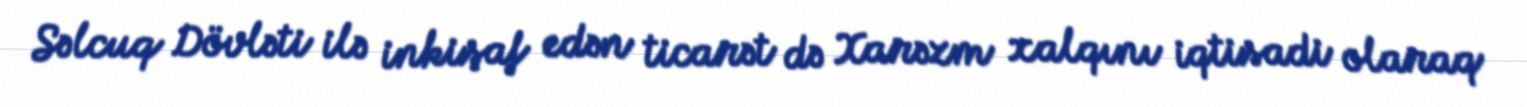
Səlcuq Dövləti ilə inkişaf edən ticarət də Xarəzm xalqını iqtisadi olaraq